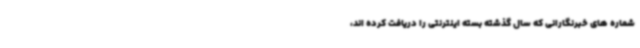
شماره های خبرنگارانی که سال گذشته بسته اینترنتی را دریافت کرده اند،